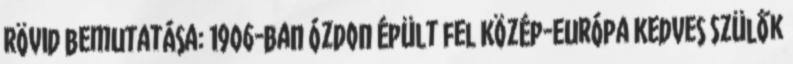
rövid bemutatása: 1906-ban Ózdon épült fel Közép-Európa Kedves Szülők